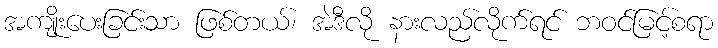
အကျိုးပေးခြင်းသာ ဖြစ်တယ်၊ အဲဒီလို နားလည်လိုက်ရင် ဘဝင်မြင့်စရာ